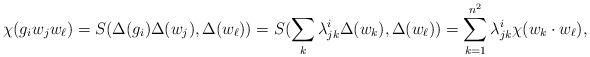
LaTeX: \begin{align*} \chi(g_iw_jw_\ell) = S(\Delta(g_i)\Delta(w_j), \Delta(w_\ell)) = S(\sum_k \lambda^i_{jk}\Delta(w_k), \Delta(w_\ell)) = \sum_{k = 1}^{n^2}\lambda^i_{jk} \chi(w_k\cdot w_\ell), \end{align*}